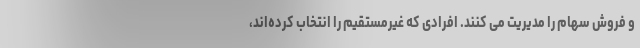
و فروش سهام را مدیریت می کنند. افرادی که غیرمستقیم را انتخاب کرده‌اند،